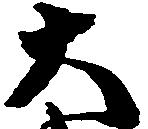
大